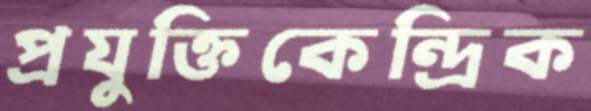
প্রযুক্তিকেন্দ্রিক